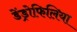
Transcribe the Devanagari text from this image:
डेंड्रोफिलिया